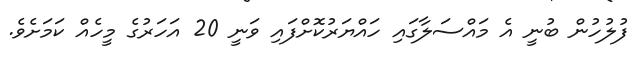
ފުލުހުން ބުނީ އެ މައްސަލާގައި ހައްޔަރުކޮށްފައި ވަނީ 20 އަހަރުގެ މީހެއް ކަމަށެވެ.